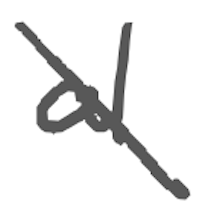
Text: al
Cross-out: mix
Writing tool: digital_gray